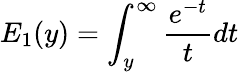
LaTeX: E_{1}(y)=\int_{y}^{\infty}\frac{e^{-t}}{t}dt